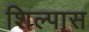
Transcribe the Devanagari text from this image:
शिल्पास